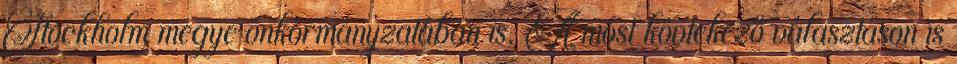
Stockholm megye önkormányzatában is. A most kövtekező választáson is